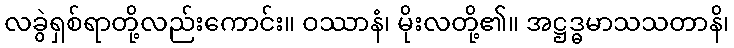
လခွဲရှစ်ရာတို့လည်းကောင်း။ ဝဿာနံ၊ မိုးလတို့၏။ အဋ္ဌဒ္ဓမာသသတာနိ၊